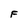
Character: F